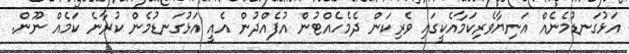
އަޅުގަނޑުމެނެއް އަނިޔާވެރިކަމާއެކީގައި ވެރިކަން ދެމެހެއްޓުން އުފެއްދުން އެއީ އަޅުގަނޑުމެން ކުރާނެ ކަމެއް ނޫން.